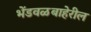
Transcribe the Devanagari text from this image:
भेंडवळबाहेरील